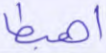
اهبطا